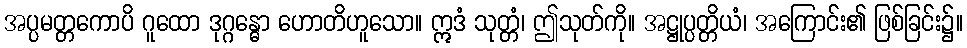
အပ္ပမတ္တကောပိ ဂူထော ဒုဂ္ဂန္ဓော ဟောတိဟူသော။ ဣဒံ သုတ္တံ၊ ဤသုတ်ကို။ အဋ္ဌုပ္ပတ္တိယံ၊ အကြောင်း၏ ဖြစ်ခြင်း၌။